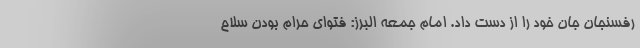
رفسنجان جان خود را از دست داد. امام جمعه البرز: فتوای حرام بودن سلاح